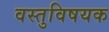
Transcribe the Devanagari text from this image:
वस्तुविषयक